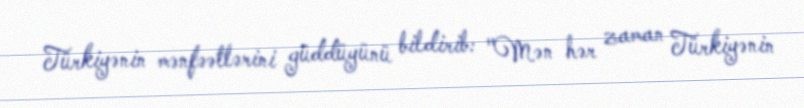
Türkiyənin mənfəətlərini güddüyünü bildirib: "Mən hər zaman Türkiyənin